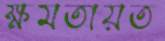
ক্ষমতায়ত